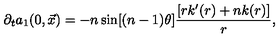
\partial _ { t } a _ { 1 } ( 0 , \vec { x } ) = - n \sin [ ( n - 1 ) \theta ] \frac { [ r k ^ { \prime } ( r ) + n k ( r ) ] } { r } ,